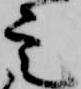
定